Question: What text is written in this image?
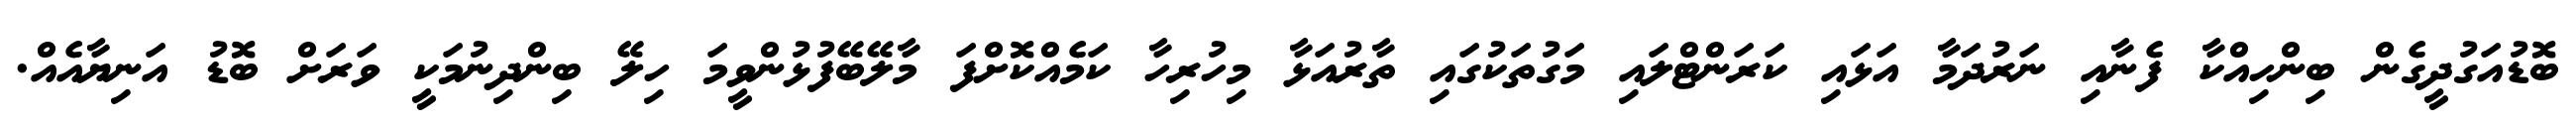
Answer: ބޮޑުއަގުދީގެން ބިންހިއްކާ ފެނާއި ނަރުދަމާ އަޅައި ކަރަންޓްލައި މަގުތަކުގައި ތާރުއަޅާ މިހުރިހާ ކަމެއްކޮށްފަ މާލޭބޭފުޅުންވީމަ ހިލޭ ބިންދިނުމަކީ ވަރަށް ބޮޑު އަނިޔާއެއް.